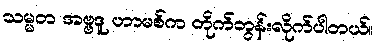
သမ္မတ အဗ္ဗဒူ ဟာမစ်က တိုက်တွန်းလိုက်ပါတယ်။